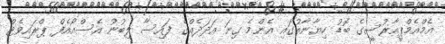
އެމްއެމްޕީއާރުސީގެ ބޮޑު ހިޔާނާތުގައި އެންމެ ގިނަ އަދަދެއްގެ ފައިސާ ލިބުނު އެސްއޯއެފް ޕްރައިވެޓް